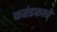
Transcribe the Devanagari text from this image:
करंडकाचे